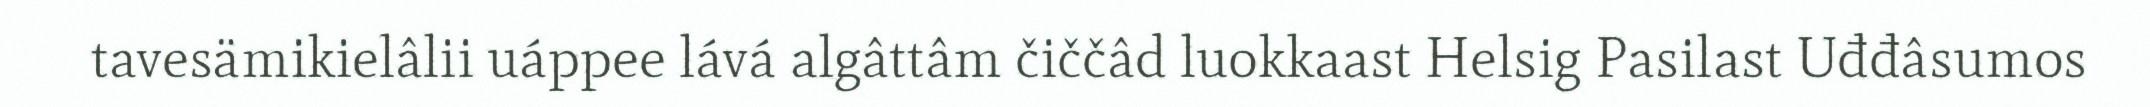
tavesämikielâlii uáppee lává algâttâm čiččâd luokkaast Helsig Pasilast Uđđâsumos